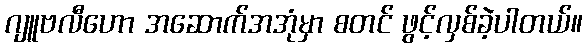
ဂျူဗလီဟော အဆောက်အအုံမှာ စတင် ဖွင့်လှစ်ခဲ့ပါတယ်။